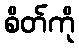
စိတ်ကို